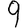
Digit: 9